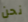
نحن